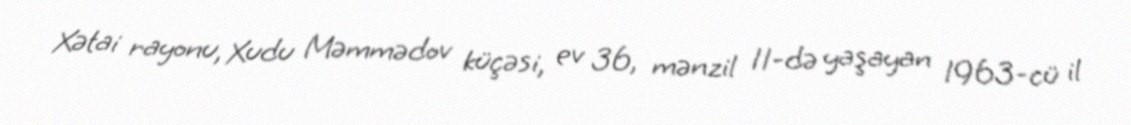
Xətai rayonu, Xudu Məmmədov küçəsi, ev 36, mənzil 11-də yaşayan 1963-cü il